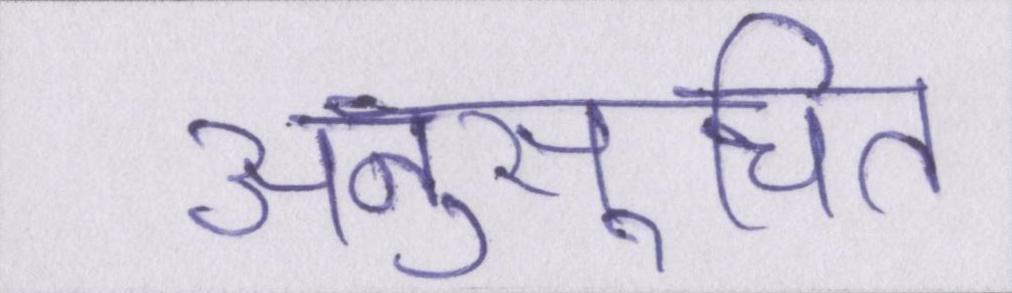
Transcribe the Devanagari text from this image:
अनुसूचित